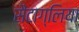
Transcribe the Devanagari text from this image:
सैंटाग्लिया